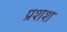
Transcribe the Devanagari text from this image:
प्रशश